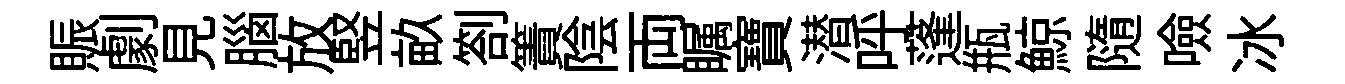
賑劇見腦放竪畝劄簀陰両瞩寶潜呼蓬瓶鯨隨噞冰